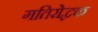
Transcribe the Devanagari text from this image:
गतिरोद्धक